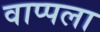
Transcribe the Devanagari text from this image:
वाप्पला